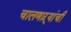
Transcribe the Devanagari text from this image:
चालणाऱ्यांची